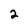
Character: 2